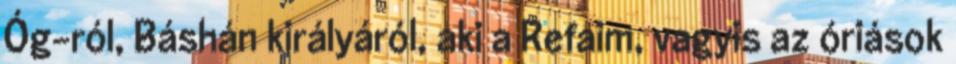
Óg-ról, Báshán királyáról, aki a Refaim, vagyis az óriások